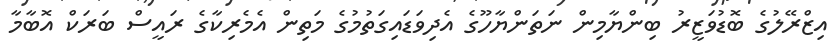
އިޒްރޭލުގެ ބޮޑުވަޒީރު ބިންޔާމިން ނަތަންޔާހޫގެ އެދިވަޑައިގަތުމުގެ މަތިން އެމެރިކާގެ ރައީސް ބަރަކް އޮބާމާ